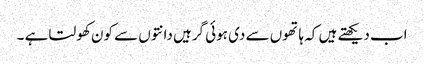
اب دیکھتے ہیں کہ ہاتھوں سے دی ہوئی گرہیں دانتوں سے کون کھولتا ہے ۔